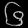
Digit: ၆